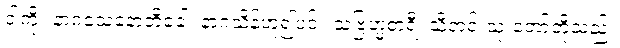
ငါ့ကို။ နာဂသေနောတိခေါ၊ နာဂသိန်ဟူ၍ပင်။ သဗြဟ္မစာရီ၊ သီတင်းသုံးဘော်တို့သည်။